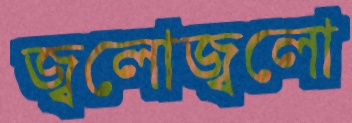
জ্বলোজ্বলো